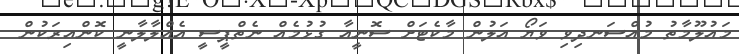
މައުލޫމާތު މުއްސަނދިވި ވަޔޯ އަލުން މާކެޓަށް ސޮނީއާ ގުޅުމެއް ނެތްޕީސީ އެއްލާލާނީ ކޮންއިރަކުން